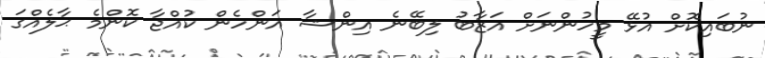
ނުބައިކޮށް އުޅޭ މީހުންނަށް އަޒާބު ލިބޭނެ އިންޝާ އަންހެން ކުއްޖާ ކޮންމެ ޙާލެއްގަ